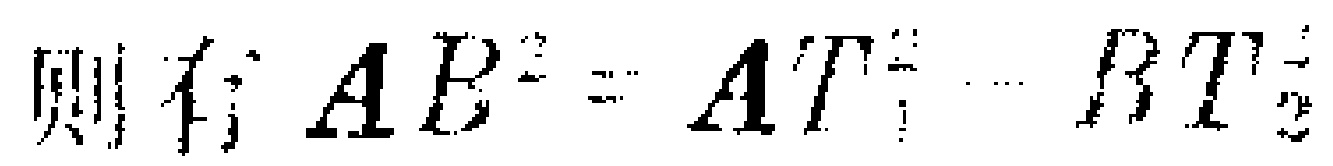
则有 \(AB^{2}=AT_{1}^{2}-BT_{2}^{2}\)